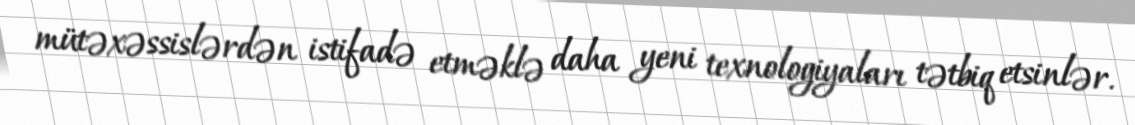
mütəxəssislərdən istifadə etməklə daha yeni texnologiyaları tətbiq etsinlər.